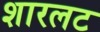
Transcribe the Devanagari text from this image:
शारलट